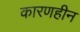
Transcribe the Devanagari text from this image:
कारणहीन